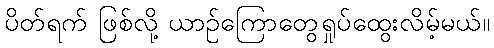
ပိတ်ရက် ဖြစ်လို့ ယာဉ်ကြောတွေရှုပ်ထွေးလိမ့်မယ်။